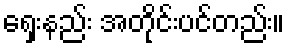
ရှေးနည်း အတိုင်းပင်တည်း။